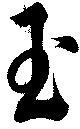
玉